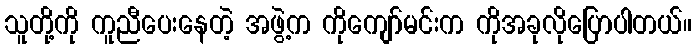
သူတို့ကို ကူညီပေးနေတဲ့ အဖွဲ့က ကိုကျော်မင်းက ကိုအခုလိုပြောပါတယ်။